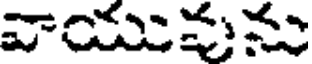
వాయువును